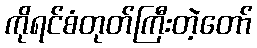
ကိုရင်စံတုတ်ကြီးတဲ့တော်